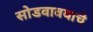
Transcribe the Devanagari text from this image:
सोडवावयाचे